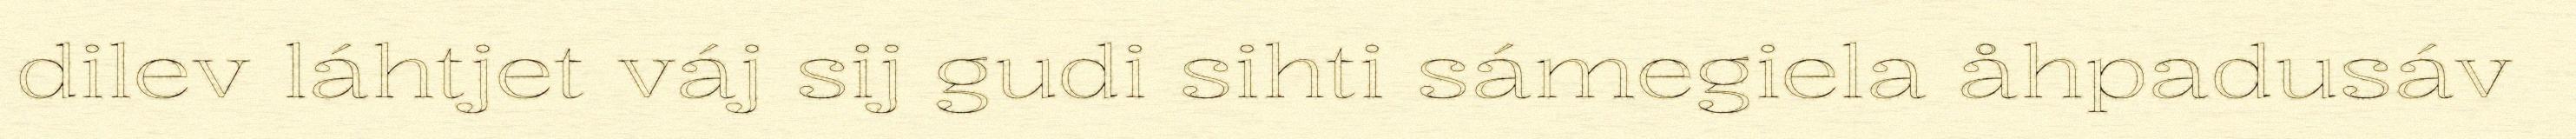
dilev láhtjet váj sij gudi sihti sámegiela åhpadusáv